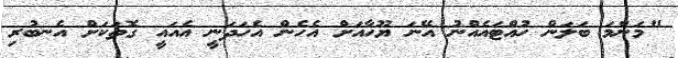
"މަންމަ ބަލަން ހުއްޓައެއްނު އޭނަ ޔޫހާއަށް އެހެން އެހަދަނީ އެއައީ ގޮތަކަށް އެނބުރި